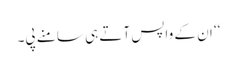
‘‘ ان کے واپس آتے ہی سامنے پی۔